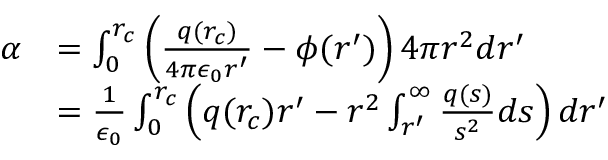
\begin{array} { r l } { \alpha } & { = \int _ { 0 } ^ { r _ { c } } \left( \frac { q ( r _ { c } ) } { 4 \pi \epsilon _ { 0 } r ^ { \prime } } - \phi ( r ^ { \prime } ) \right) 4 \pi r ^ { 2 } d r ^ { \prime } } \\ & { = \frac { 1 } { \epsilon _ { 0 } } \int _ { 0 } ^ { r _ { c } } \left( q ( r _ { c } ) r ^ { \prime } - r ^ { 2 } \int _ { r ^ { \prime } } ^ { \infty } \frac { q ( s ) } { s ^ { 2 } } d s \right) d r ^ { \prime } } \end{array}